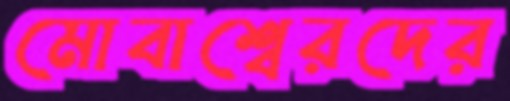
মোবাশ্বেরদের